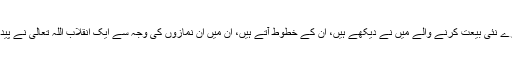
اب بہت سارے نئی بیعت کرنے والے میں نے دیکھے ہیں، اُن کے خطوط آتے ہیں، اُن میں ان نمازوں کی وجہ سے ایک انقلاب اللہ تعالیٰ نے پیدا کر دیا ہے۔